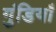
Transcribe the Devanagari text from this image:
गुंडियाँ